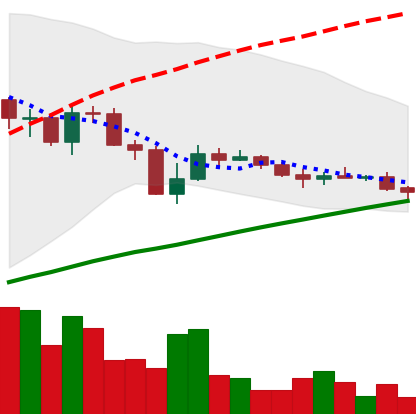
Ticker: LINK-USD
Chart end date: 2019-07-28
Forward return: 8.21%
Label: up_7plus